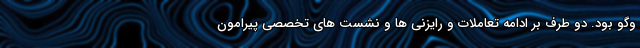
وگو بود. دو طرف بر ادامه تعاملات و رایزنی ها و نشست های تخصصی پیرامون